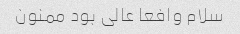
سلام وافعا عالی بود ممنون